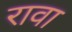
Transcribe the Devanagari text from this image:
रावा